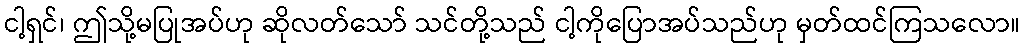
ငါ့ရှင်၊ ဤသို့မပြုအပ်ဟု ဆိုလတ်သော် သင်တို့သည် ငါ့ကိုပြောအပ်သည်ဟု မှတ်ထင်ကြသလော။